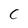
Character: C